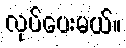
လုပ်ပေးမယ်။